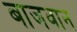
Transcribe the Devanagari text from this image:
बाजवान